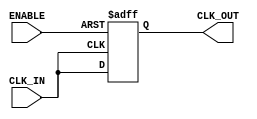
module ClockBuffer (
    input wire CLK_IN,       // Single-ended clock input
    input wire ENABLE,       // Enable control for the clock output
    output reg CLK_OUT       // Single-ended clock output
);

    // Parameters for configurable drive strength and propagation delay
    parameter DRIVE_STRENGTH = 1; // 1: Low, 2: Medium, 3: High
    parameter MIN_PROP_DELAY = 2;  // Minimum propagation delay in ns
    parameter MAX_PROP_DELAY = 5;  // Maximum propagation delay in ns

    // Internal signal for clock buffering
    reg clk_buf;

    // Clock Generation with Propagation Delay
    always @(posedge CLK_IN or negedge ENABLE) begin
        if (!ENABLE) begin
            // If disabled, drive CLK_OUT to a known state (typically low)
            CLK_OUT <= 1'b0;
        end else begin
            // Introducing a propagation delay
            #MIN_PROP_DELAY clk_buf = CLK_IN; // Sample CLK_IN after min delay
            #MAX_PROP_DELAY CLK_OUT <= clk_buf; // Drive output after max delay
        end
    end

    // Optional: Input Hysteresis (not implemented in hardware, typically in real designs)
    // Here it is assumed that the input signal has the necessary hysteresis in hardware.

endmodule